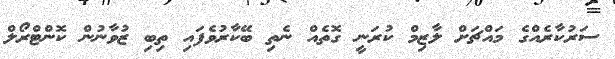
ސަރުކާރެއްގެ މައްޗަށް ލާޒިމް ކުރަނީ ގޮތެއް ނެތި ބޭކާރުވެފައި ތިބި ޒުވާނުން ކޮންޓްރޯލް